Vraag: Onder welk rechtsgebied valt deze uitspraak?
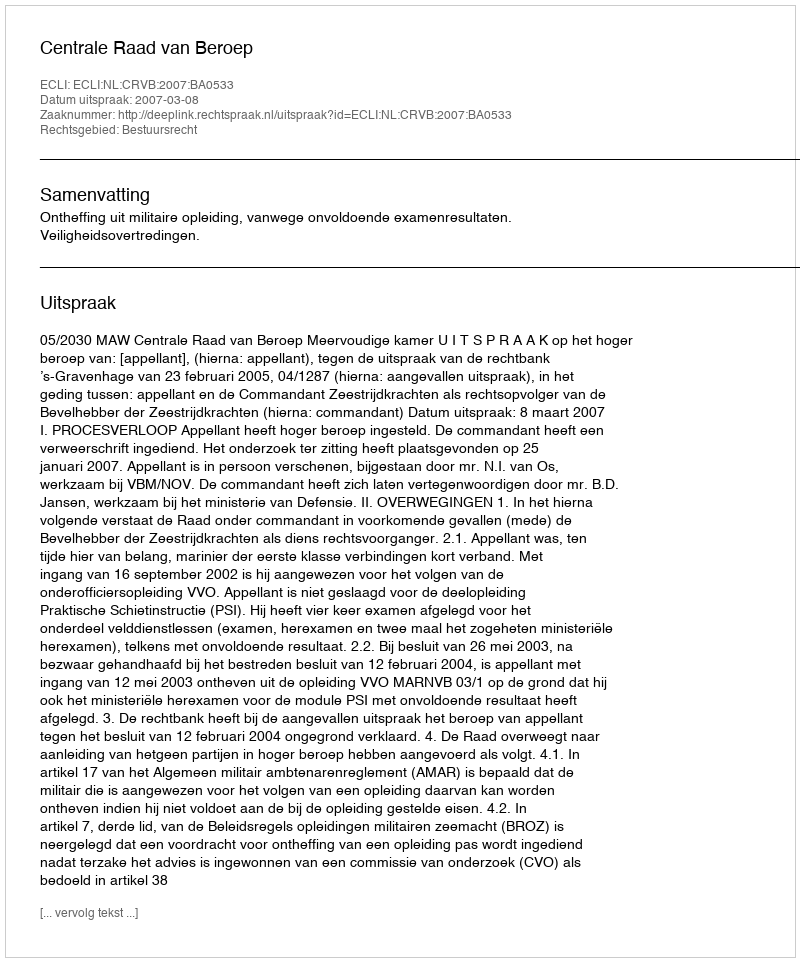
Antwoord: Bestuursrecht